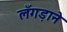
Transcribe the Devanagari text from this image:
लँगड़ाने